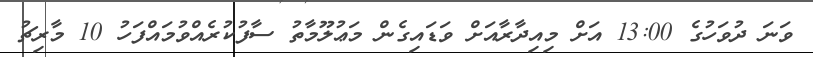
ވަނަ ދުވަހުގެ 13:00 އަށް މިއިދާރާއަށް ވަޑައިގެން މަޢުލޫމާތު ސާފުކުރެއްވުމައްފަހު 10 މާރިޗު